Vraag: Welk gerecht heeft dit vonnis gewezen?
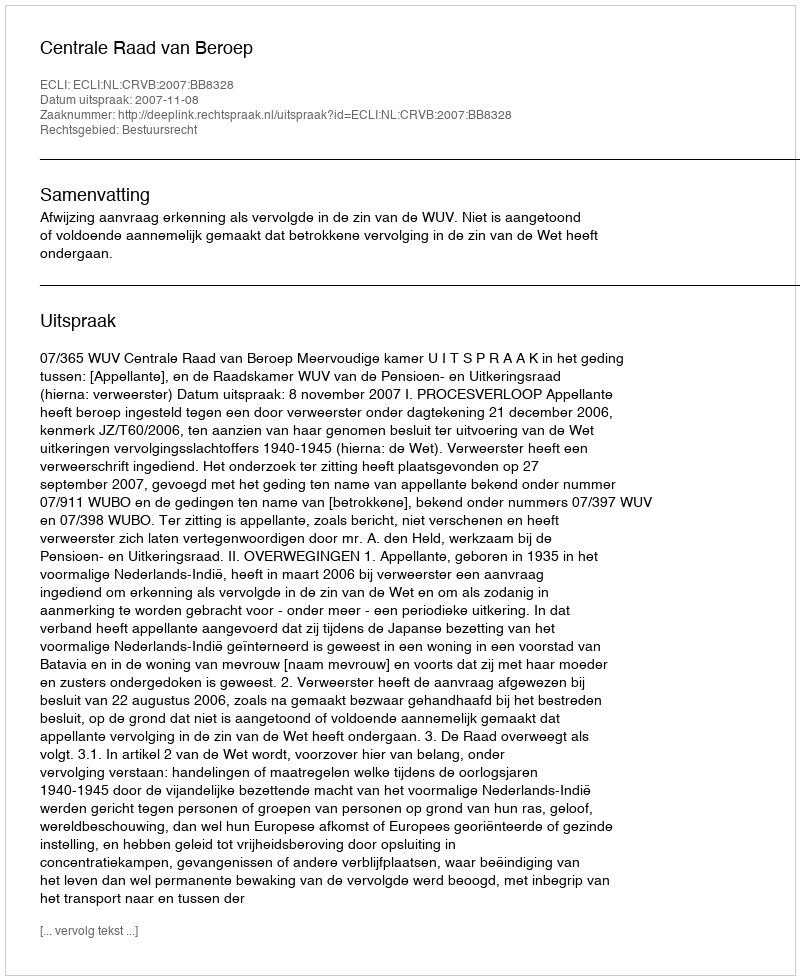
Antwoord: Centrale Raad van Beroep